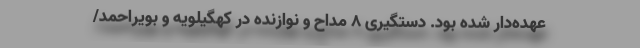
عهده‌دار شده بود. دستگیری 8 مداح و نوازنده در کهگیلویه و بویراحمد/